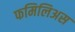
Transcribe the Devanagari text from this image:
फमिलिअस